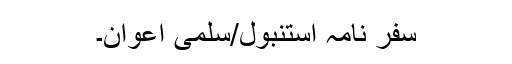
سفر نامہ استنبول/سلمیٰ اعوان۔